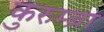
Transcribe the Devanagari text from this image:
कुरुम्ब्रा